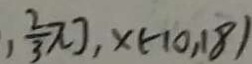
, \frac { 2 } { 3 } \pi ] , x ( - 1 0 , 1 8 )